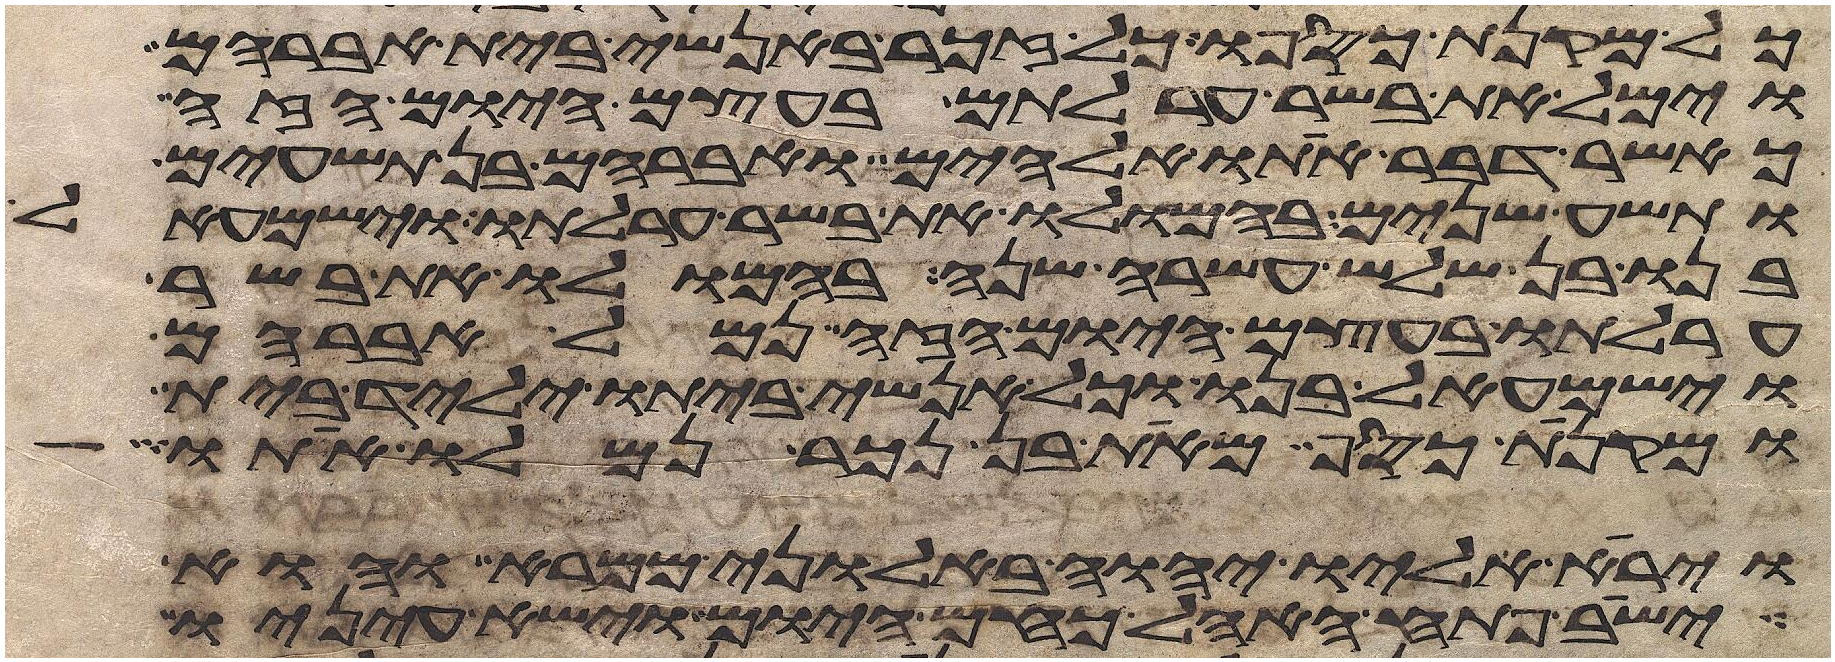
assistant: כל מקנת כספו כל זכר באנשי בית אברהם
וימל את בשר ערלתם בעצם היום הזה
כאשר דבר אתו אלהים ואברהם בן תשעים
ותשע שנים בהמלו את בשר ערלתו וישמעאל
בנו בן שלש עשרה שנה בהמלו את בשר
ערלתו בעצם היום הזה נמל אברהם
וישמעאל בנו וכל אנשי ביתו יליד בית
ומקנת כסף מאת בן נכר נמלו אתו
וירא אליו יהוה באלוני ממרא והוא
ישב פתח האהל כחם היום וישא עיניו